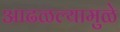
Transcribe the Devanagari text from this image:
आढळल्यामुळे